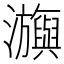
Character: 㶛